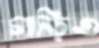
গাড়িও